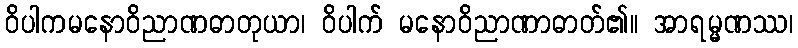
ဝိပါကမနောဝိညာဏဓာတုယာ၊ ဝိပါက် မနောဝိညာဏာဓာတ်၏။ အာရမ္မဏဿ၊